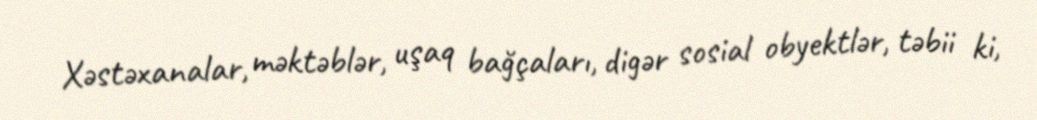
Xəstəxanalar, məktəblər, uşaq bağçaları, digər sosial obyektlər, təbii ki,